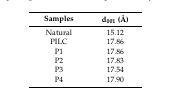
| Samples | d001 (Å) |
 | --- | --- |
 | Natural | 15.12 |
 | PILC | 17.86 |
 | P1 | 17.86 |
 | P2 | 17.83 |
 | P3 | 17.54 |
 | P4 | 17.90 |